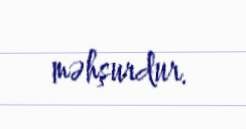
məhşurdur.